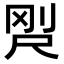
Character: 𡱸